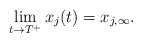
\begin{align*}\lim_{t\rightarrow T^{+}}x_{j}(t)=x_{j,\infty}.\end{align*}